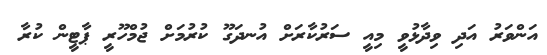
އަންވަރު އަދި ވިދާޅުވީ މިއީ ސަރުކާރަށް އުނދަގޫ ކުރުމަށް ޖުމްހޫރީ ޕާޓީން ކުރާ